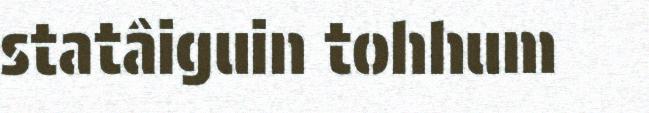
statâiguin tohhum